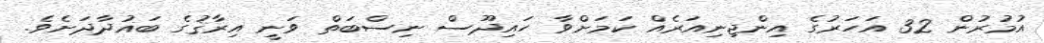
އުމުރުން 32 އަހަރުގެ އިންޖިނިއަރެއް ކަމަށްވާ ހައިދޫސް ނިސްބަތް ވަނީ އިރާޤުގެ ބަޣުދާދަށެވެ.